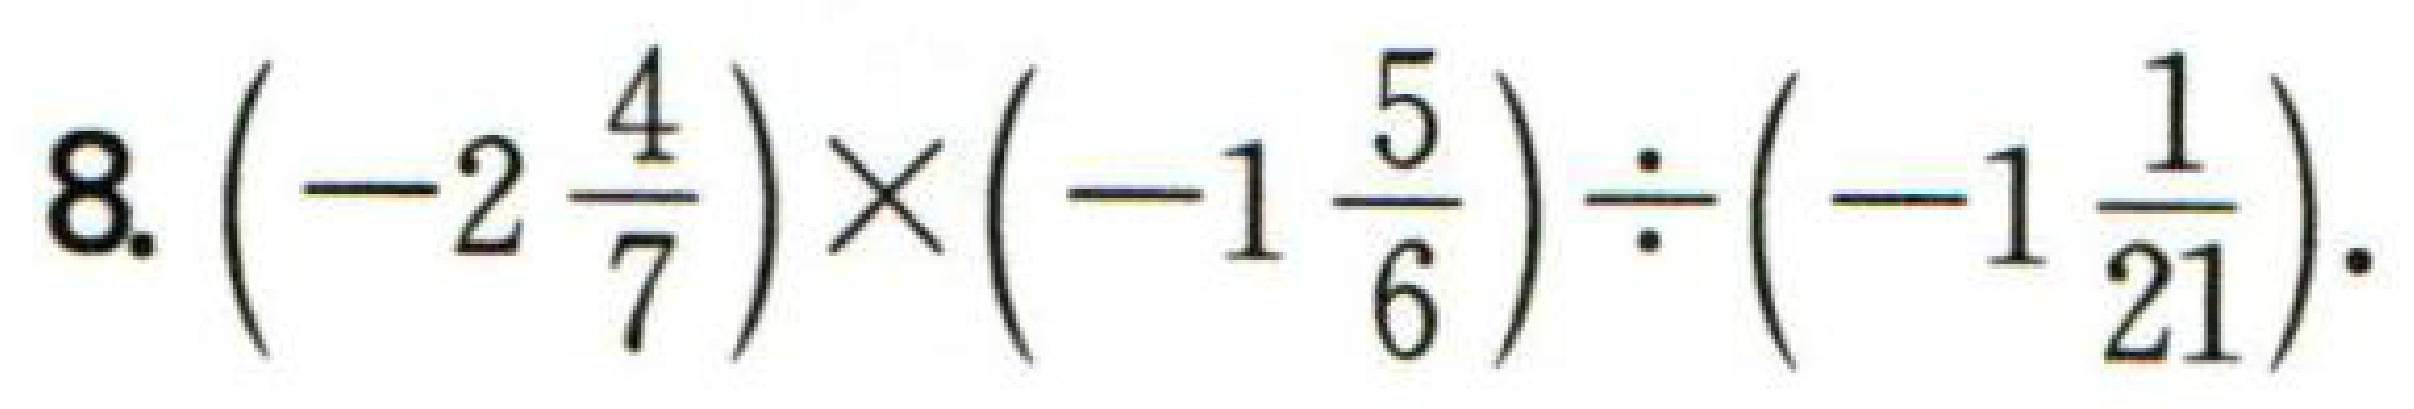
$8.\left(-2\frac{4}{7}\right)\times\left(-1\frac{5}{6}\right)\div\left(-1\frac{1}{21}\right).$